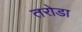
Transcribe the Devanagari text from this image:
तरोडा